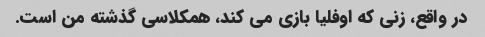
در واقع، زنی که اوفلیا بازی می کند، همکلاسی گذشته من است.